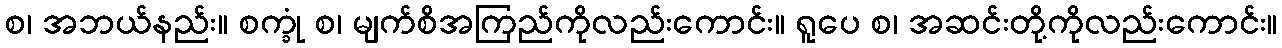
စ၊ အဘယ်နည်း။ စက္ခုံ စ၊ မျက်စိအကြည်ကိုလည်းကောင်း။ ရူပေ စ၊ အဆင်းတို့ကိုလည်းကောင်း။